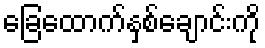
ခြေထောက်နှစ်ချောင်းကို